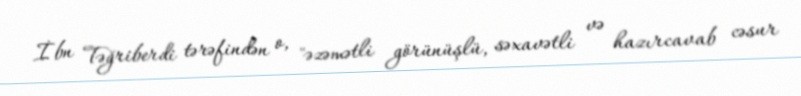
İbn Təğriberdi tərəfindən o, "əzəmətli görünüşlü, səxavətli və hazırcavab cəsur